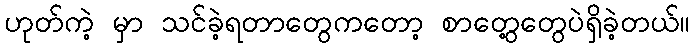
ဟုတ်ကဲ့ မှာ သင်ခဲ့ရတာတွေကတော့ စာတွေ့တွေပဲရှိခဲ့တယ်။